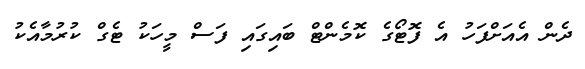
ދެން އެއަށްފަހު އެ ފޮޓޯގެ ކޮމެންޓް ބައިގައި ފަސް މީހަކު ޓެގް ކުރުމާއެކު